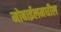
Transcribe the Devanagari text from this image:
मोबाईलमधील